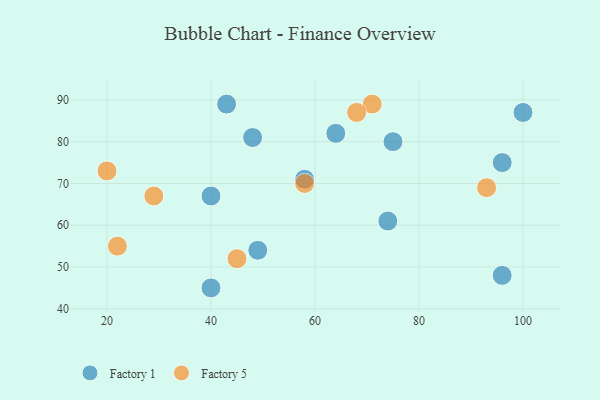
{"axis": {"x": "GDP", "y": "Life Expectancy"}, "legend": ["Factory 1", "Factory 5"], "data": [{"x": "58", "y": 71, "type": "Factory 1"}, {"x": "40", "y": 67, "type": "Factory 1"}, {"x": "48", "y": 81, "type": "Factory 1"}, {"x": "43", "y": 89, "type": "Factory 1"}, {"x": "49", "y": 54, "type": "Factory 1"}, {"x": "75", "y": 80, "type": "Factory 1"}, {"x": "64", "y": 82, "type": "Factory 1"}, {"x": "96", "y": 48, "type": "Factory 1"}, {"x": "40", "y": 45, "type": "Factory 1"}, {"x": "74", "y": 61, "type": "Factory 1"}, {"x": "96", "y": 75, "type": "Factory 1"}, {"x": "100", "y": 87, "type": "Factory 1"}, {"x": "20", "y": 73, "type": "Factory 5"}, {"x": "58", "y": 70, "type": "Factory 5"}, {"x": "45", "y": 52, "type": "Factory 5"}, {"x": "93", "y": 69, "type": "Factory 5"}, {"x": "71", "y": 89, "type": "Factory 5"}, {"x": "68", "y": 87, "type": "Factory 5"}, {"x": "29", "y": 67, "type": "Factory 5"}, {"x": "22", "y": 55, "type": "Factory 5"}]}